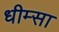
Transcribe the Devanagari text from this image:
धीम्सा